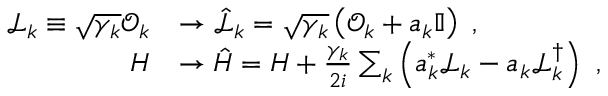
\begin{array} { r l } { \mathcal { L } _ { k } \equiv \sqrt { \gamma _ { k } } \mathcal { O } _ { k } } & { \rightarrow \hat { \mathcal { L } } _ { k } = \sqrt { \gamma _ { k } } \left( \mathcal { O } _ { k } + a _ { k } \mathbb { I } \right) \, \, , } \\ { H } & { \rightarrow \hat { H } = H + \frac { \gamma _ { k } } { 2 i } \sum _ { k } \left( a _ { k } ^ { * } \mathcal { L } _ { k } - a _ { k } \mathcal { L } _ { k } ^ { \dagger } \right) \, \, , } \end{array}